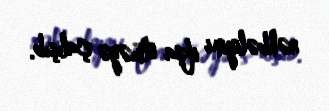
rəhbəliyini ifşa etməyə çalışıb.